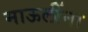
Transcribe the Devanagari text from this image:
माऊलींना